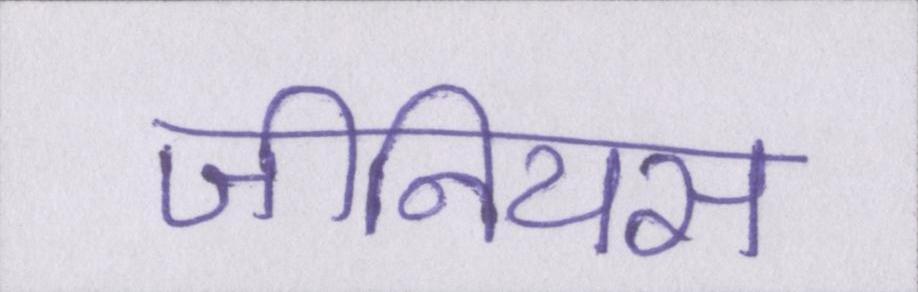
जीनियस